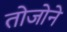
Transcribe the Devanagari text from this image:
तोजोने